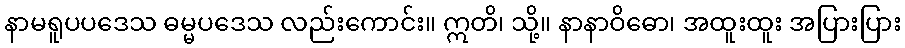
နာမရူပပဒေသ ဓမ္မပဒေသ လည်းကောင်း။ ဣတိ၊ သို့။ နာနာဝိဓော၊ အထူးထူး အပြားပြား